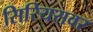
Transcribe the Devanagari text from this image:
सिरियसवर